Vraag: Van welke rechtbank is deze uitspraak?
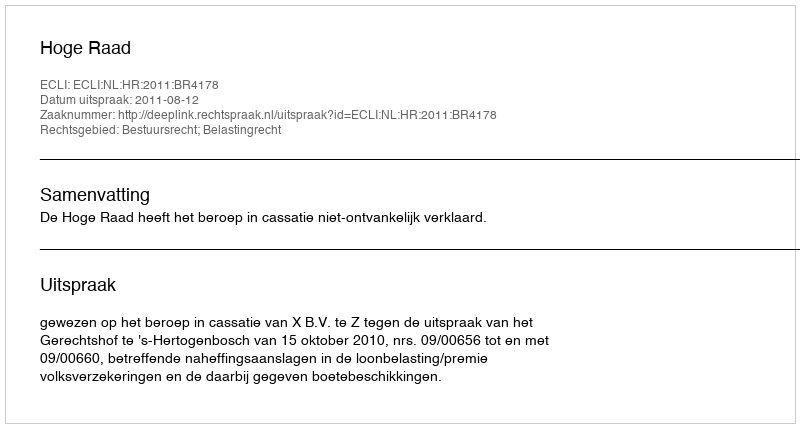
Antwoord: Hoge Raad